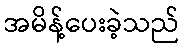
အမိန့်ပေးခဲ့သည်